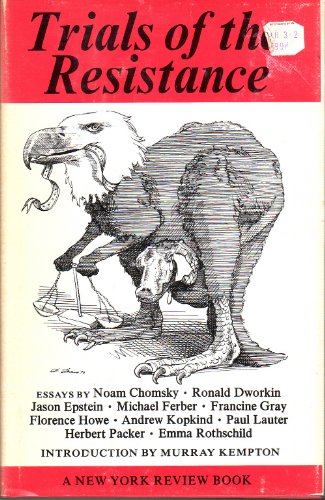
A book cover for Trials of the Resistance; noam chomsky; Law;